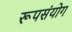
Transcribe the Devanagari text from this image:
रूपसंयोग